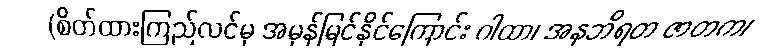
(စိတ်ထားကြည်လင်မှ အမှန်မြင်နိုင်ကြောင်း ဂါထာ၊ အနဘိရတ ဇာတက၊